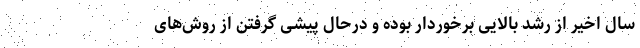
سال اخیر از رشد بالایی برخوردار بوده و درحال پیشی گرفتن از روش‌های